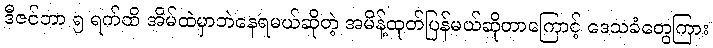
ဒီဇင်ဘာ ၅ ရက်ထိ အိမ်ထဲမှာဘဲနေရမယ်ဆိုတဲ့ အမိန့်ထုတ်ပြန်မယ်ဆိုတာကြောင့် ဒေသခံတွေကြား